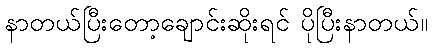
နာတယ်ပြီးတော့ချောင်းဆိုးရင် ပိုပြီးနာတယ်။